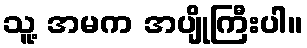
သူ့ အမက အပျိုကြီးပါ။